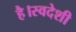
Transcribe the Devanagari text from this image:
है।स्वदेशी